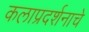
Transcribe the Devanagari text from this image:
कलाप्रदर्शनाचे